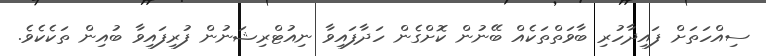
ސިއްހަތަށް ފައިދާހުރި ބާވަތްތަކެއް ބޭނުން ކޮށްގެން ހަދާފައިވާ ނިއުޓްރިޝަނުން ފުރިފައިވާ ބުއިން ތަކެކެވެ.